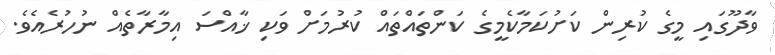
ވާދޫގައި މީގެ ކުރިން ކަށުކަމާކެމީގެ ކަންތައްތައް ކުރުމަށް ވަކި ޚާއްސަ އިމާރާތެއް ނުހުރެއެވެ.